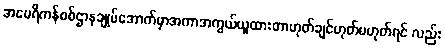
အမေရိကန်စစ်ဌာနချုပ်အောက်မှာအကာအကွယ်ယူထားတာဟုတ်ချင်ဟုတ်မဟုတ်ရင် လည်း